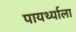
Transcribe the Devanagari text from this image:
पायर्थ्याला